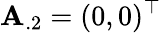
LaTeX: \mathbf{A}_{.2}=(0,0)^{\top}